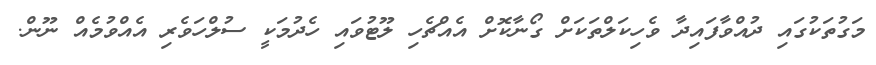
މަގުތަކުގައި ދުއްވާފައިދާ ވެހިކަލްތަކަށް ގޯނާކޮށް އެއްޗެހި ލޫޓުވައި ހެދުމަކީ ސުލްހަވެރި އެއްވުމެއް ނޫން.